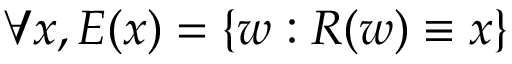
\forall x , E ( x ) = \{ w : R ( w ) \equiv x \}